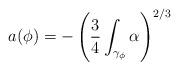
LaTeX: \begin{align*} a(\phi) = - \left( \frac{3}{4}\int_{\gamma_\phi} \alpha \right)^{2/3}\end{align*}